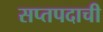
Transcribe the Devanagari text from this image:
सप्तपदाची